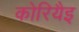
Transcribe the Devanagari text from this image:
कोरियैइ